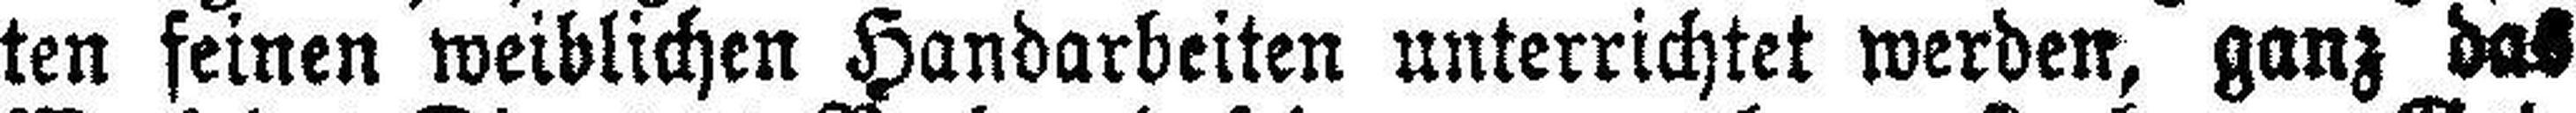
ten feinen weiblichen Handarbeiten unterrichtet werden, ganz das